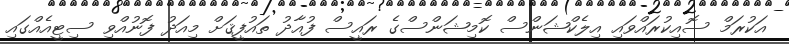
އަކުރަމް ސޮއިކުރައްވައި އިލެކްޝަންސް ކޮމިޝަންސްގެ ރައީސް ފުއާދު ތައުފީޤަށް މިއަދު ފޮނުއްވި ސިޓީއެއްގައި